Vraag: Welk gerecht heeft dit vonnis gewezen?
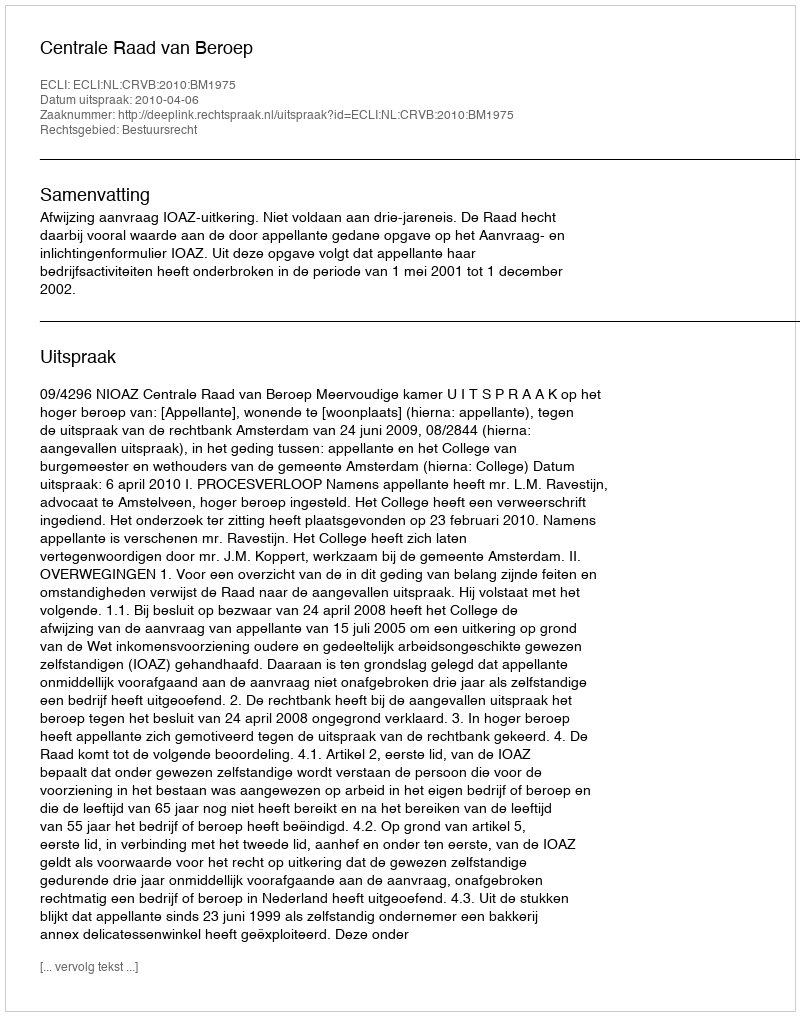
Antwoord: Centrale Raad van Beroep